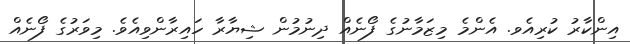
އިންކާރު ކުރިއެވ. އެންމެ މިޒަމާނުގެ ފޯނެއް ދިނުމުން ޝިޔާރާ ހައިރާންވިއެވެ. މިވަރުގެ ފޯނެއް